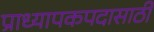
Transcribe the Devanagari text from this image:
प्राध्यापकपदासाठी